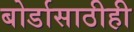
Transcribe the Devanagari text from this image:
बोर्डासाठीही